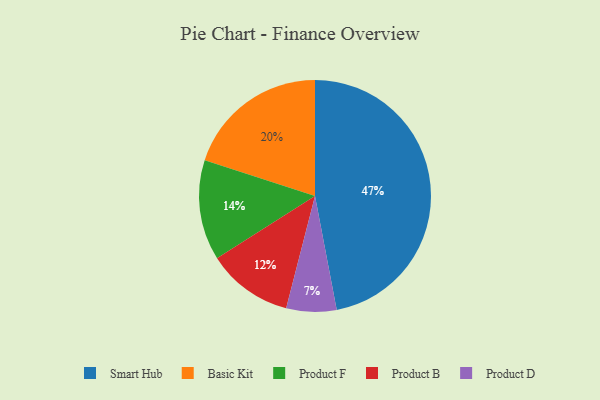
{"axis": {"x": "Category", "y": "Percentage"}, "legend": ["Basic Kit", "Product B", "Product D", "Product F", "Smart Hub"], "data": [{"x": "Basic Kit", "y": 20, "type": "Basic Kit"}, {"x": "Smart Hub", "y": 47, "type": "Smart Hub"}, {"x": "Product F", "y": 14, "type": "Product F"}, {"x": "Product B", "y": 12, "type": "Product B"}, {"x": "Product D", "y": 7, "type": "Product D"}]}